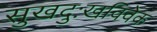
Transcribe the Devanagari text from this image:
सुखदुःखविवेक